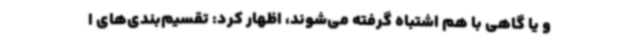
و یا گاهی با هم اشتباه گرفته می‌شوند، اظهار کرد: تقسیم‌بندی‌های ا